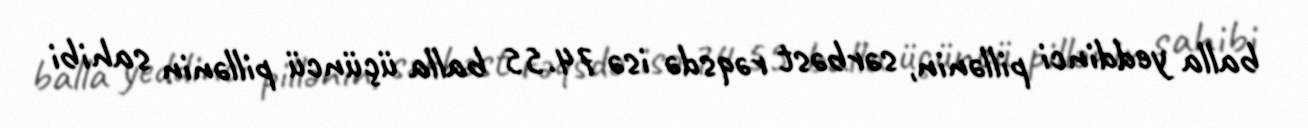
balla yeddinci pillənin, sərbəst rəqsdə isə 74.55 balla üçüncü pillənin sahibi